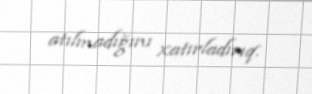
atılmadığını xatırladırıq.